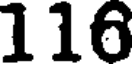
116